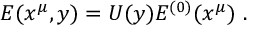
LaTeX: { \cal E } ( x ^ { \mu } , y ) = U ( y ) { \cal E } ^ { ( 0 ) } ( x ^ { \mu } ) \ .